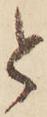
と